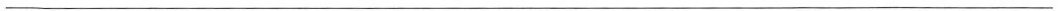
___